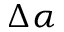
\Delta \alpha